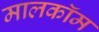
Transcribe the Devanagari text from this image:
मालकॉम